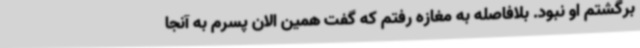
برگشتم او نبود. بلافاصله به مغازه رفتم که گفت همین الان پسرم به آنجا